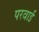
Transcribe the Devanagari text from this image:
परवाई